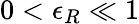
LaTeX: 0<\epsilon_{R}\ll 1